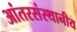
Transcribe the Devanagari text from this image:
आंतरसंस्थानीय